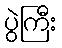
ပွဲကြီး